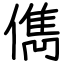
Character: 儁